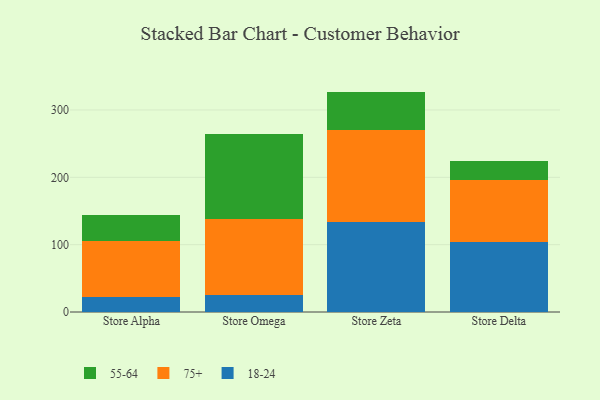
{"axis": {"x": "Store", "y": "Humidity (%)"}, "legend": ["18-24", "55-64", "75+"], "data": [{"x": "Store Alpha", "y": 22.3, "type": "18-24"}, {"x": "Store Alpha", "y": 83.3, "type": "75+"}, {"x": "Store Alpha", "y": 39.1, "type": "55-64"}, {"x": "Store Omega", "y": 25.3, "type": "18-24"}, {"x": "Store Omega", "y": 113.2, "type": "75+"}, {"x": "Store Omega", "y": 125.2, "type": "55-64"}, {"x": "Store Zeta", "y": 133.7, "type": "18-24"}, {"x": "Store Zeta", "y": 136.8, "type": "75+"}, {"x": "Store Zeta", "y": 56.8, "type": "55-64"}, {"x": "Store Delta", "y": 104.0, "type": "18-24"}, {"x": "Store Delta", "y": 91.9, "type": "75+"}, {"x": "Store Delta", "y": 27.8, "type": "55-64"}]}